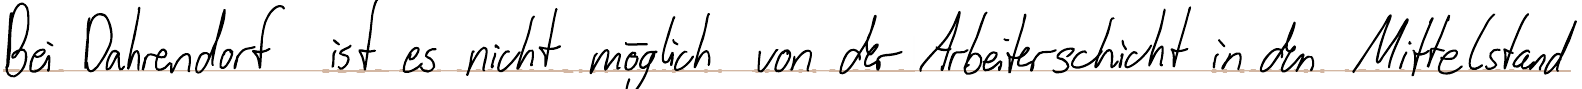
Bei Dahrendorf ist es nicht möglich von der Arbeiterschicht in den Mittelstand